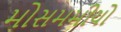
મોસમમીયો